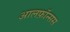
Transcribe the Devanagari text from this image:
आलफ़ॉन्सस